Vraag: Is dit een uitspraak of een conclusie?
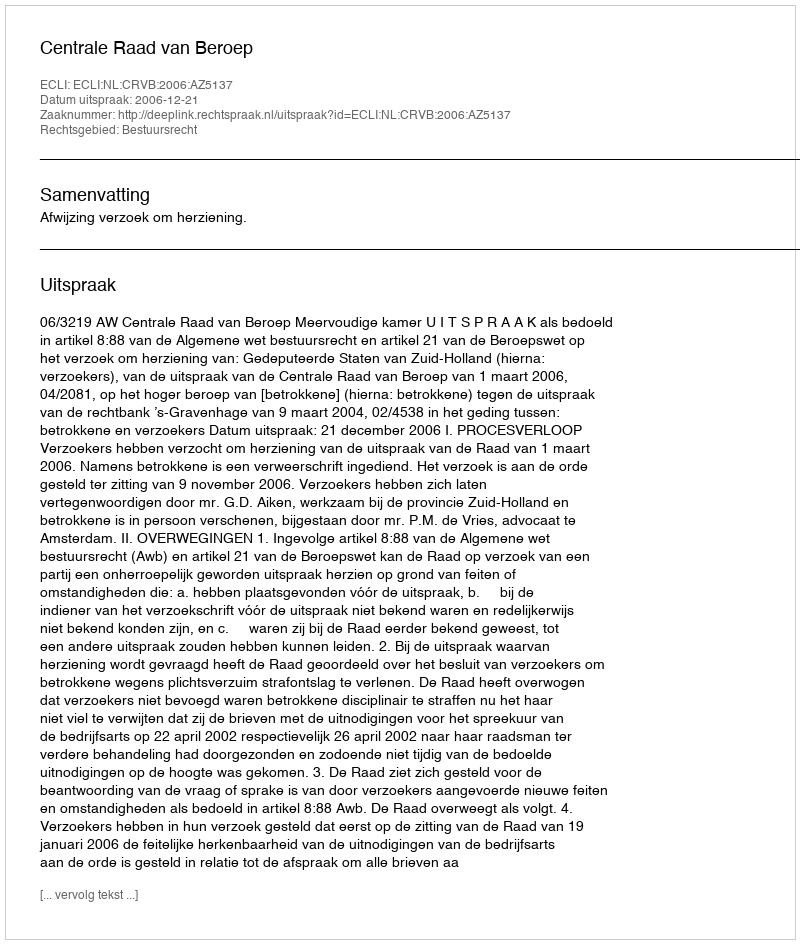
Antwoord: Uitspraak